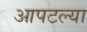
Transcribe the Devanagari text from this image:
आपटल्या